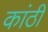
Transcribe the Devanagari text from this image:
कांठीं